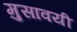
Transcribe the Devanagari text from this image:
मुसावयी